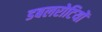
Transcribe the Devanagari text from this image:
डबलरोटियों